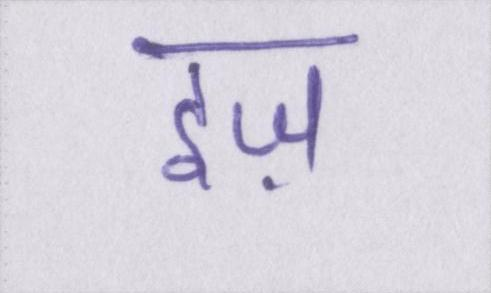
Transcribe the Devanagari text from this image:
इज़